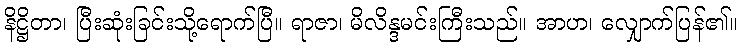
နိဋ္ဌိတာ၊ ပြီးဆုံးခြင်းသို့ရောက်ပြီ။ ရာဇာ၊ မိလိန္ဒမင်းကြီးသည်။ အာဟ၊ လျှောက်ပြန်၏။